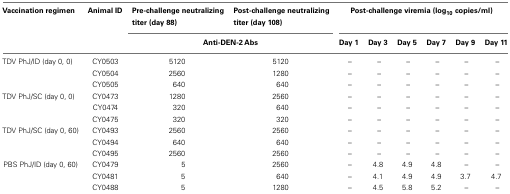
| Vaccination regimen | Animal ID | Pre-challenge neutralizing titer (day 88) | Post-challenge neutralizing titer (day 108) | <COLSPAN=6> Post-challenge viremia (log10 copies/ml) |
 |  |  | <COLSPAN=2> Anti-DEN-2 Abs | Day 1 | Day 3 | Day 5 | Day 7 | Day 9 | Day 11 |
 | --- | --- | --- | --- | --- | --- | --- | --- | --- | --- |
 | TDV PhJ/ID (day 0, 0) | CY0503 | 5120 | 5120 | – | – | – | – | – | – |
 |  | CY0504 | 2560 | 1280 | – | – | – | – | – | – |
 |  | CY0505 | 640 | 640 | – | – | – | – | – | – |
 | TDV PhJ/SC (day 0, 0) | CY0473 | 1280 | 2560 | – | – | – | – | – | – |
 |  | CY0474 | 320 | 640 | – | – | – | – | – | – |
 |  | CY0475 | 320 | 320 | – | – | – | – | – | – |
 | TDV PhJ/SC (day 0, 60) | CY0493 | 2560 | 2560 | – | – | – | – | – | – |
 |  | CY0494 | 640 | 640 | – | – | – | – | – | – |
 |  | CY0495 | 2560 | 2560 | – | – | – | – | – | – |
 | PBS PhJ/ID (day 0, 60) | CY0479 | 5 | 2560 | – | 4.8 | 4.9 | 4.8 | – | – |
 |  | CY0481 | 5 | 640 | – | 4.1 | 4.9 | 4.9 | 3.7 | 4.7 |
 |  | CY0488 | 5 | 1280 | – | 4.5 | 5.8 | 5.2 | – | – |